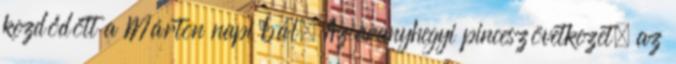
kezdődött a Márton napi bál. Az aranyhegyi pinceszövetkezet, az